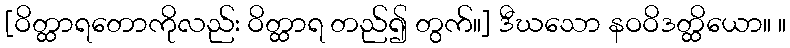
[ဝိတ္ထာရတောကိုလည်း ဝိတ္ထာရ တည်၍ တွက်။] ဒီဃသော နဝဝိဒတ္ထိယော။ ။